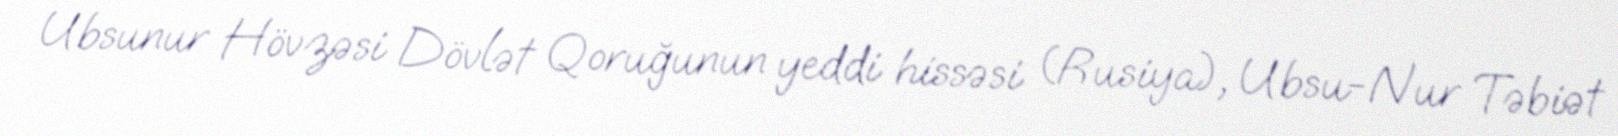
Ubsunur Hövzəsi Dövlət Qoruğunun yeddi hissəsi (Rusiya), Ubsu-Nur Təbiət